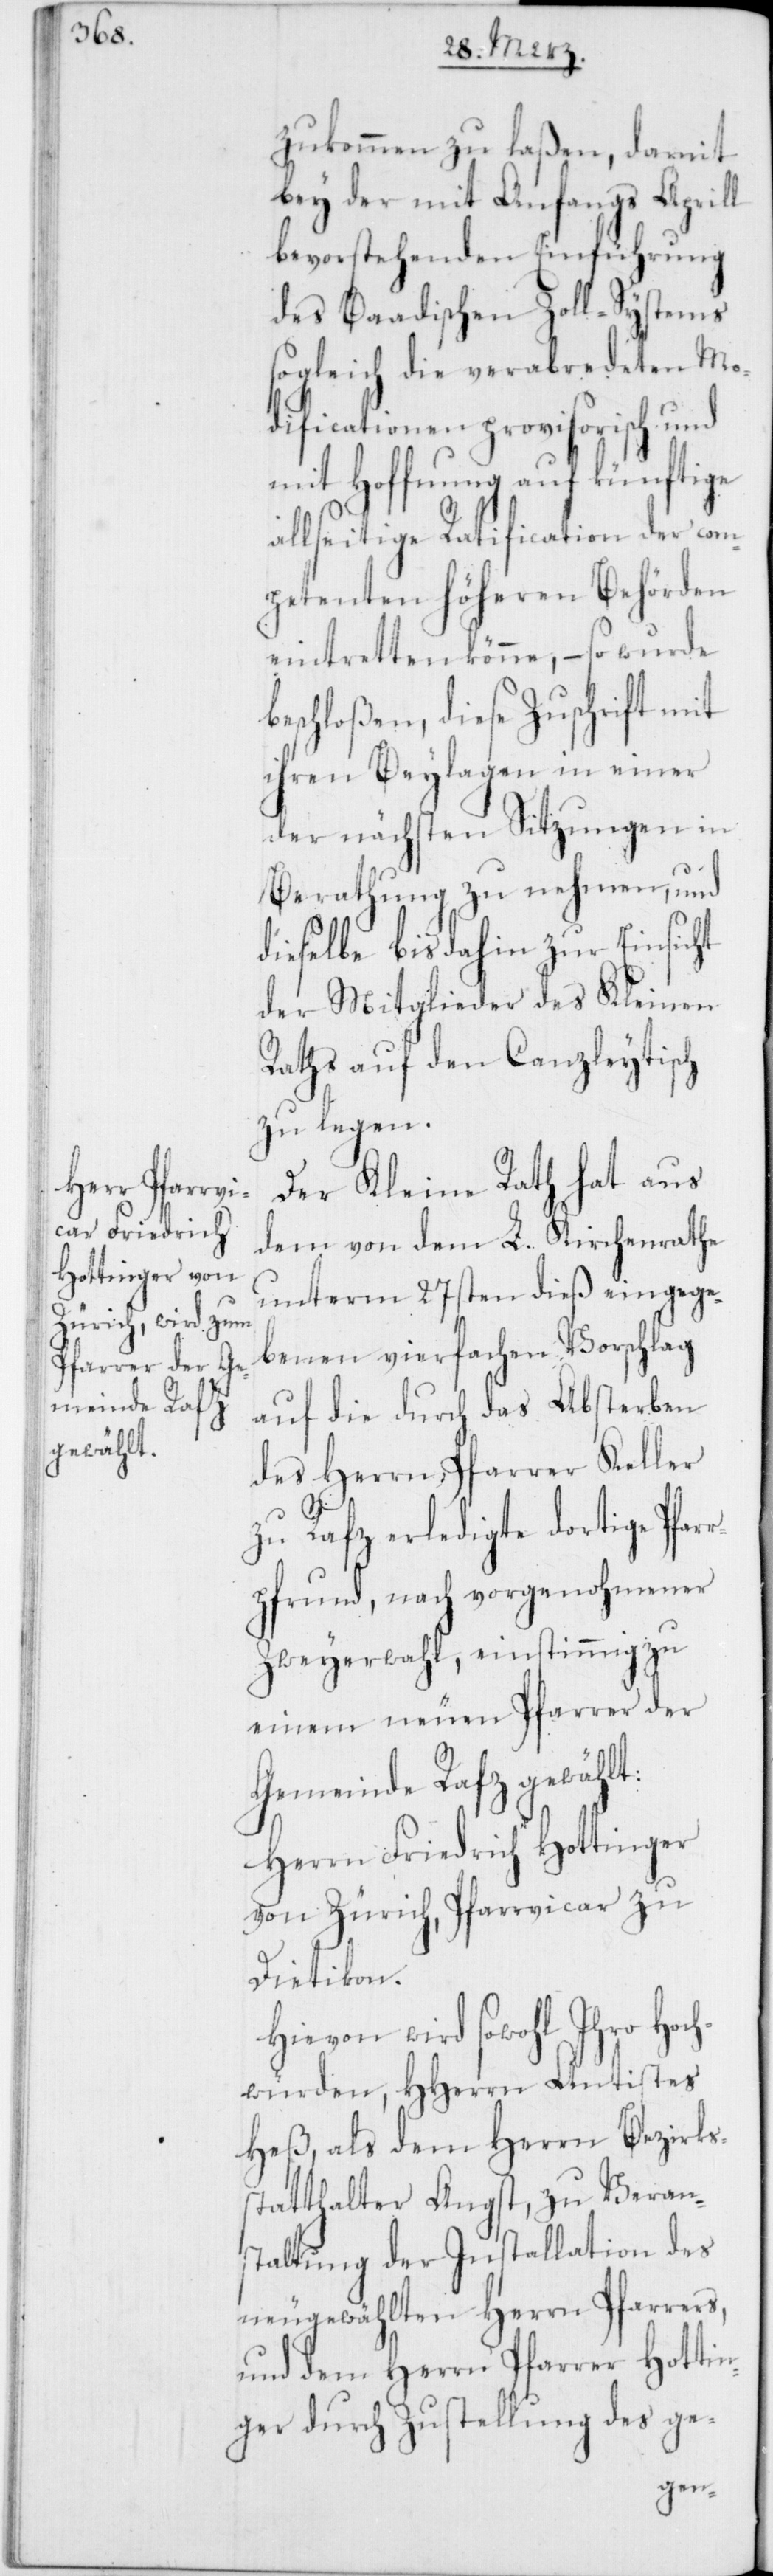
zukommen zu laßen, damit
bey der mit Anfangs Aprill
bevorstehenden Einführung
des Baadischen Zoll-Systems
sogleich die verabredeten Mo¬
dificationen provisorisch und
mit Hoffnung auf künftige
allseitige Ratification der com¬
petenten höheren Behörden
eintretten könne, – so wurde
beschloßen, diese Zuschrift mit
ihren Beylagen in einer
der nächsten Sitzungen in
Berathung zu nehmen, und
dieselbe bis dahin zur Einsicht
der Mitglieder des Kleinen
Raths auf den Canzleytisch
zu legen.
Der Kleine Rath hat aus
dem von dem L. Kirchenrathe
unterm 27sten dieß eingege¬
benen vierfachen Vorschlag
auf die durch das Absterben
des Herrn Pfarrer Keller
zu Rafz erledigte dortige Pfar¬
rpfrund, nach vorgenohmener
Zweyerwahl, einstimmig zu
einem neuen Pfarrer der
Gemeinde Rafz gewählt:
Herrn Friedrich Hottinger
von Zürich, Pfarrvicar zu
Dietikon.
Hievon wird sowohl Ihro Hoch¬
würden, HHerrn Antistes
Heß, als dem Herrn Bezirks¬
statthalter Angst, zu Veran¬
staltung der Installation des
neugewählten Herrn Pfarrers,
und dem Herrn Pfarrer Hottin¬
ger durch Zustellung des ge-